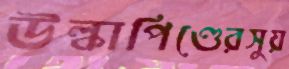
উল্কাপিণ্ডেরসুয়